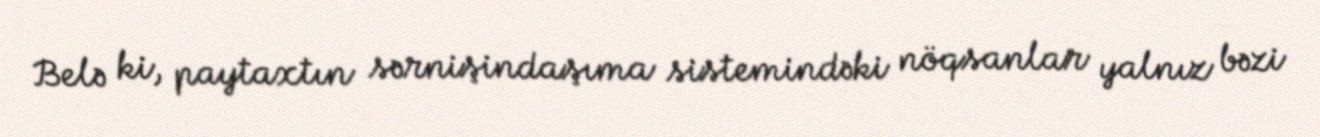
Belə ki, paytaxtın sərnişindaşıma sistemindəki nöqsanlar yalnız bəzi